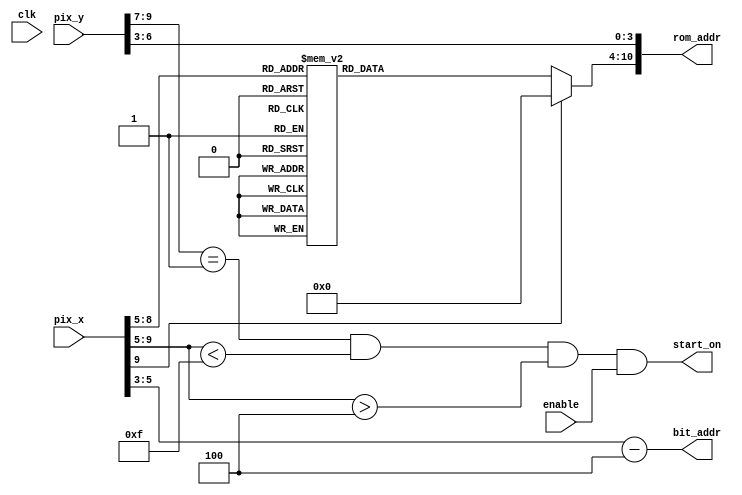
`timescale 1ns / 1ps

module start(
input wire clk, enable,
input wire [9:0] pix_x, pix_y,
output wire start_on,
output wire [2:0] bit_addr,
output wire [10:0] rom_addr);


wire [3:0] row_addr;
reg [6:0] char_addr;

assign row_addr = pix_y [6:3];
//each char is 64 pixel in x direction, full screen can have 10 chars
//to put the text in the middle, I have 2.5 chars spcae on each side
//I need to shift the bit_addr
assign bit_addr = pix_x [5:3]-3'd4; 
assign rom_addr = {char_addr, row_addr};
assign start_on = (pix_y [9: 7] ==1) && (pix_x [9: 5] <15)
                     && (pix_x [9: 5] >4) && enable;
 
always @*
case (pix_x [9:5])
5'h5,5'h6: char_addr = 7'h53; // S
5'h7,5'h8: char_addr = 7'h74; // t
5'h9,5'ha: char_addr = 7'h61; // a
5'hb,5'hc: char_addr = 7'h72; // r
5'hd,5'he: char_addr = 7'h74; // t
default: char_addr = 7'h00; // 
endcase

endmodule